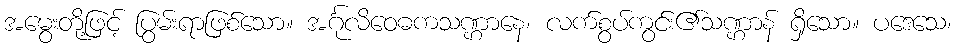
အမွေးတို့ဖြင့် ပြွမ်းရာဖြစ်သော။ အင်္ဂုလိဝေဓကသဏ္ဌာနေ၊ လက်စွပ်ကွင်း၏သဏ္ဌာန် ရှိသော။ ပဒေသေ၊